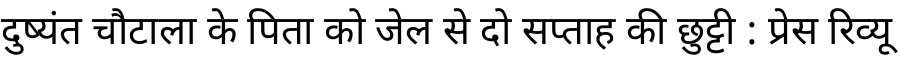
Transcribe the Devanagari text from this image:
दुष्यंत चौटाला के पिता को जेल से दो सप्ताह की छुट्टी : प्रेस रिव्यू